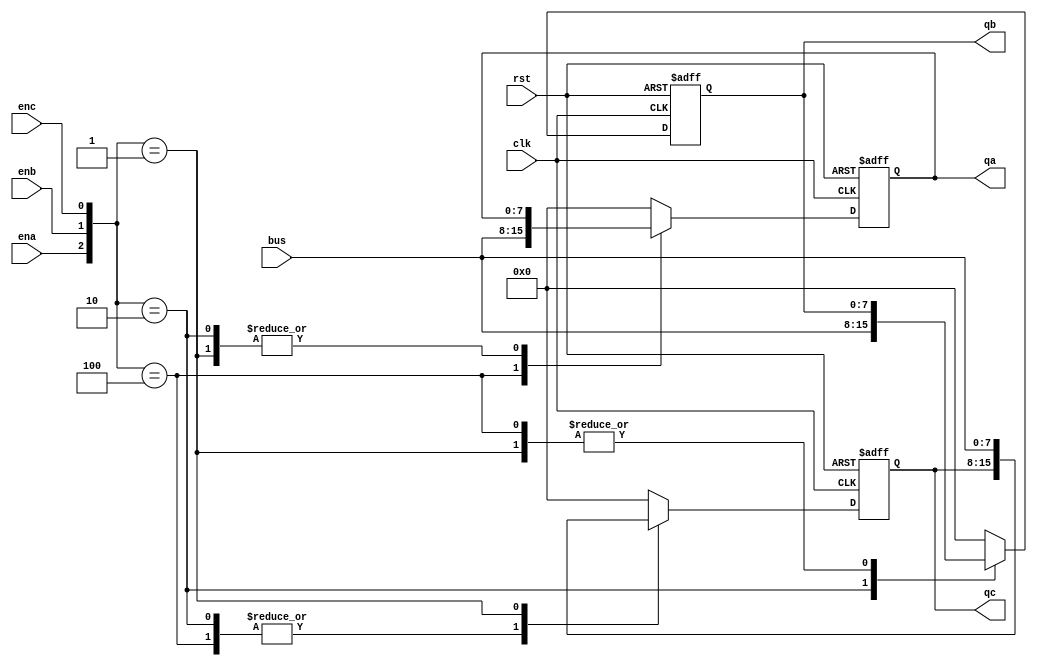
`timescale 1ns / 1ps
//////////////////////////////////////////////////////////////////////////////////
// Creator: Varad Gadgil
// Github channel name: varadgadgil19
// Module Name: multi_drop
// Project Name: Multi Drop Bus
//////////////////////////////////////////////////////////////////////////////////

module multi_drop(qa, qb, qc, bus, ena, enb, enc, clk, rst);
output reg [7:0]qa, qb, qc;
input [7:0] bus;
input ena, enb, enc, clk;
input rst;
always@(posedge clk or posedge rst)
begin
if (rst) begin
qa <= 8'd0;
qb <= 8'd0;
qc <= 8'd0;
end
else
case ({ena, enb, enc})
3'b100: qa<=bus;
3'b010: qb<=bus;
3'b001: qc<=bus;
default: {qa, qb, qc}<=3'b000;
endcase
end
endmodule